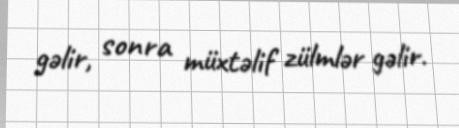
gəlir, sonra müxtəlif zülmlər gəlir.